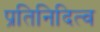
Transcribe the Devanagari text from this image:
प्रतिनिदित्व